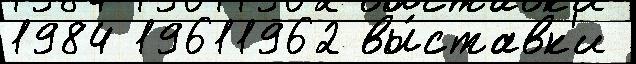
1984 19611962 вы́ставк'и